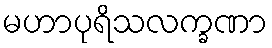
မဟာပုရိသလက္ခဏာ